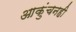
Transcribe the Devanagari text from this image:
आकुंचनही